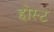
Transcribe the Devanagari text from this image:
होस्‍ट